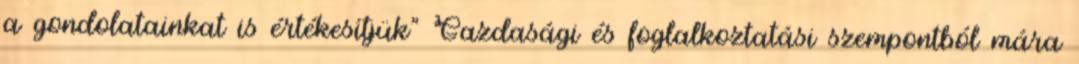
a gondolatainkat is értékesítjük” Gazdasági és foglalkoztatási szempontból mára